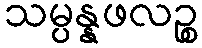
သမ္ပန္နဖလဉ္စ